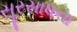
સૂરસાધના